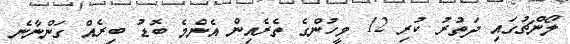
ލޯންޗުގައި ދަތުރު ކުރި 12 މީހުންގެ ތެރެއިން އެންމެ ބޮޑު ބިރެއް ގަންނާނެ